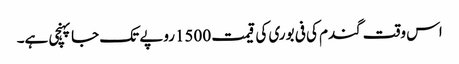
اس وقت گندم کی فی بوری کی قیمت 1500روپے تک جا پہنچی ہے۔